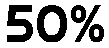
50%